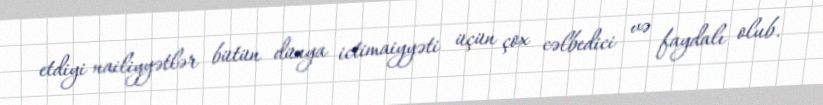
etdiyi nailiyyətlər bütün dünya ictimaiyyəti üçün çox cəlbedici və faydalı olub.